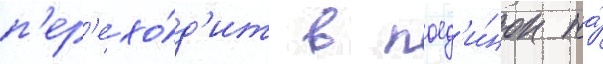
п'ер'ехо́д'ит в поед'и́нок на́